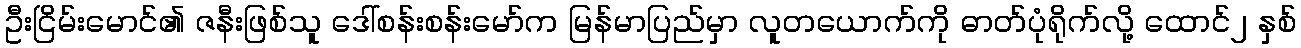
ဦးငြိမ်းမောင်၏ ဇနီးဖြစ်သူ ဒေါ်စန်းစန်းမော်က မြန်မာပြည်မှာ လူတယောက်ကို ဓာတ်ပုံရိုက်လို့ ထောင်၂ နှစ်